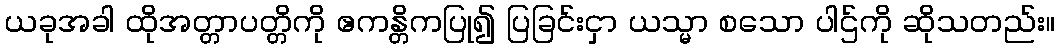
ယခုအခါ ထိုအတ္တာပတ္တိကို ဧကန္တိကပြု၍ ပြခြင်းငှာ ယသ္မာ စသော ပါဌ်ကို ဆိုသတည်း။